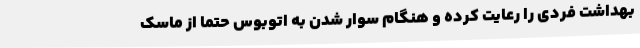
بهداشت فردی را رعایت کرده و هنگام سوار شدن به اتوبوس حتماً از ماسک